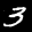
Label: 3